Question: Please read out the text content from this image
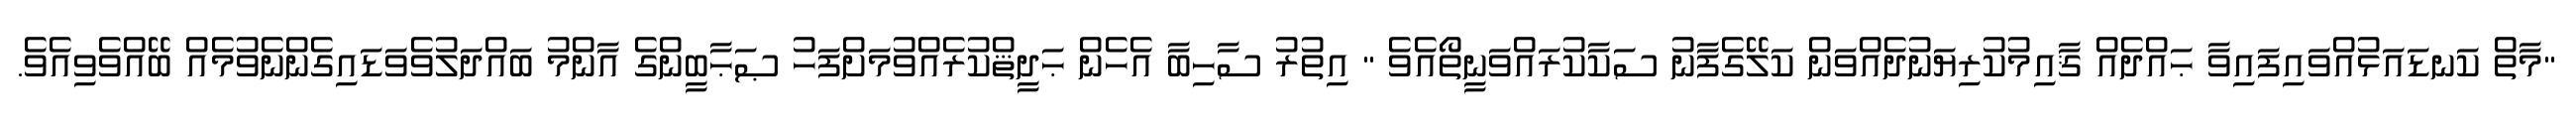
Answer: "މާތް ކަނޑައަޅުއްވައިފައިވާ ޙައްދެއް ޤާއިމުކުރިޔަނުދެއްވަން ކަލޭގެފާނު ސަކާކުރައްވަނީތޯއެވެ " އިތުރު ސާހިބާ އެހެން ޙަދީޘްކުރެއްވުމަށްފަހު ޞަޙާބީންގެ އާންމު ބައްދަލުވެވަޑައިގެންނެވުމެއް ބޭއްވެވިއެވެ.